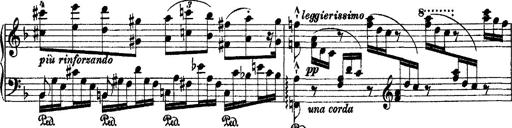
Title: 2 KonzertetÃ¼den
Composer: Franz Liszt